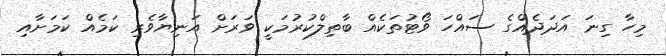
މިހާ ގިނަ އަދަދެއްގެ ސައްހަ ވޯޓުތަކެއް ބާތިލްކުރުމަކީ ވަރަށް އަނިޔާވެރި ކަމެއް ކަމަށާއި